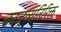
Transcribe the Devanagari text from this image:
काजूव्यतिरिक्त